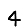
Digit: 4